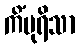
ကိံပုရိသာ